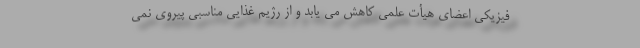
فیزیکی اعضای هیأت علمی کاهش می یابد و از رژیم غذایی مناسبی پیروی نمی